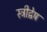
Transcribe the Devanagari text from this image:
स्त्रीद्वेष